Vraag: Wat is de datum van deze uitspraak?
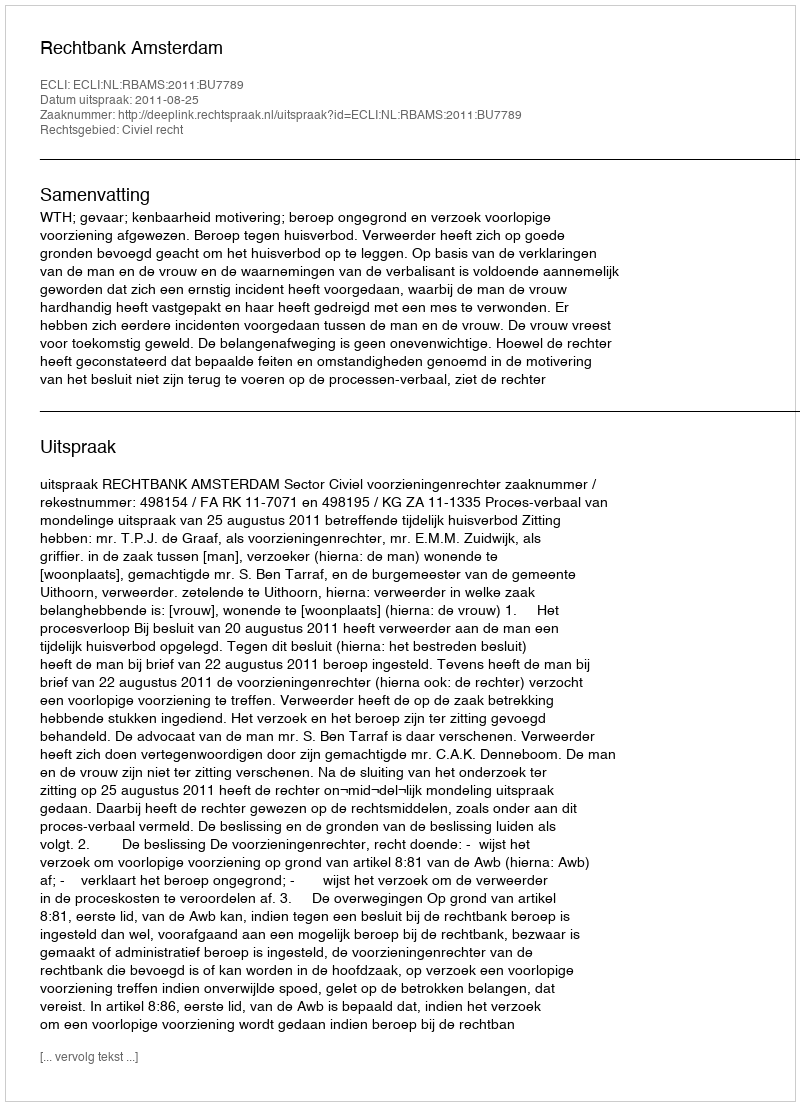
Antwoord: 2011-08-25